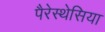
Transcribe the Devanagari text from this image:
पैरेस्थेसिया